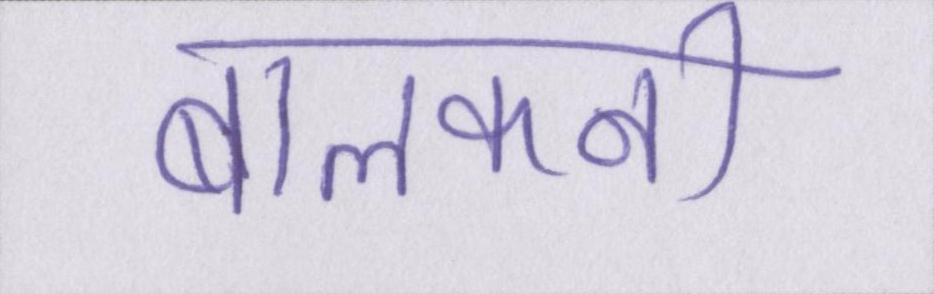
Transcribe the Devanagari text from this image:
बालकनी